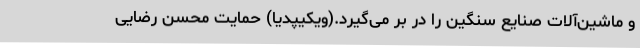
و ماشین‌آلات صنایع سنگین را در بر می‌گیرد.(ویکیپدیا) حمایت محسن رضایی